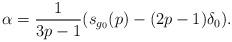
LaTeX: \begin{align*}\alpha=\frac{1}{3p-1}(s_{g_0}(p)-(2p-1)\delta_0). \end{align*}